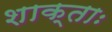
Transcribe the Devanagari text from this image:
शाक्ताः